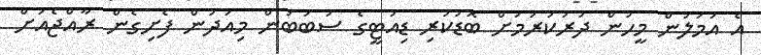
އެ އަމަލުން މީހުން ދުރުކުރުމަށް ބޮޑުކުރި ޑިއުޓީގެ ސަބަބުން މިއަދުން ފެށިގެން ރާއްޖެއަށް